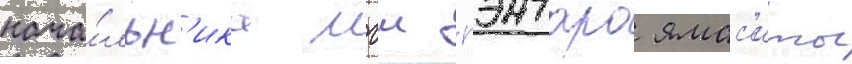
нача́льн'ика мгш гэнтаро ямас'иты